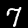
Label: 7